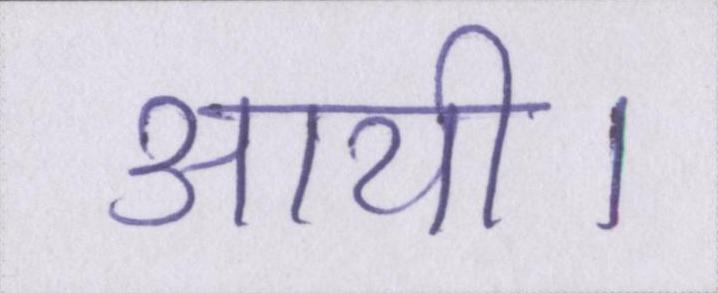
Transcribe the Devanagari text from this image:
आयी।